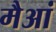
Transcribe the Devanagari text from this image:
मैआं